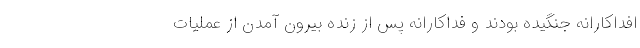
افداکارانه جنگیده بودند و فداکارانه پس از زنده بیرون آمدن از عملیات